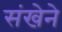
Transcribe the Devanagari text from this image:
संखेने